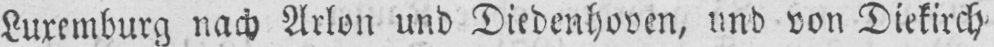
Luxemburg nach Arlon und Diedenhoven, und von Diekirch